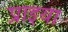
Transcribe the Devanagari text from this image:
प्राइया